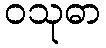
ဝသုဓာ